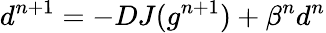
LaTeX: d^{n+1}=-DJ(g^{n+1})+\beta^{n}d^{n}